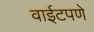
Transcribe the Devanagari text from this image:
वाईटपणे